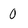
Character: 0